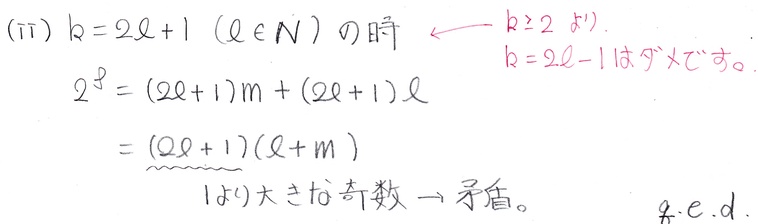
(\(\mathrm{ii}\)) \(k = 2\ell+1\) (\(\ell\in\mathbb{N}\)) の時 \(\longleftarrow k\geq2\) なので. \(k = 2\ell - 1\) はダメです。
\[
\begin{align*}
2^{3}&=(2\ell + 1)m+(2\ell+1)\ell\\
&=(2\ell + 1)(\ell + m)
\end{align*}
\]
1より大きな奇数 \(\to\) 矛盾。 q.e.d.